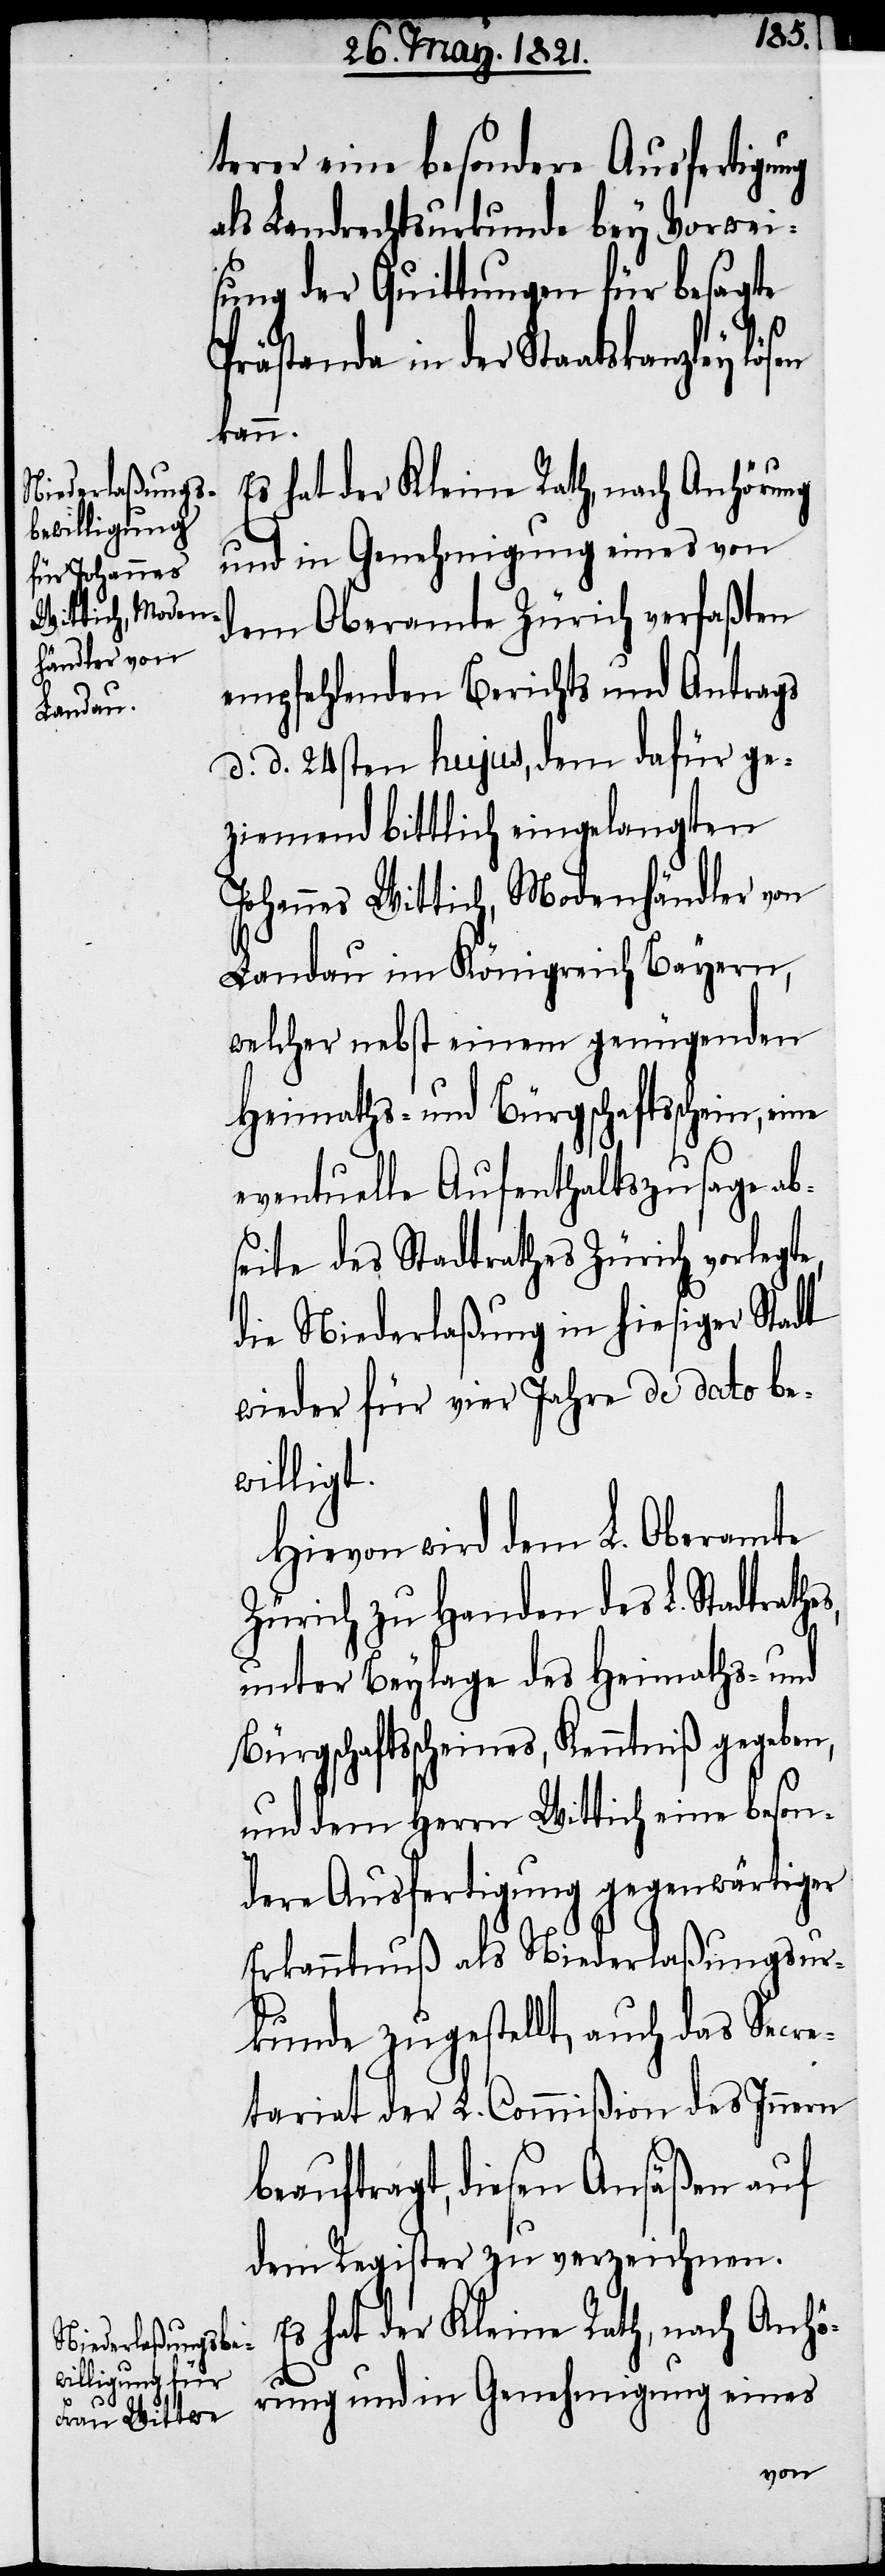
s,

terer eine besondere Ausfertigung
als Landrechtsurkunde bey Vorwei¬
sung der Quittungen für besagte
Prästanda in der Staatskanzley
rung
dem Oberamte Zürich verfaßten
empfehlenden Berichts und Antrags
d. d. 24sten hujus, dem dafür ge¬
ziemend bittlich eingelangten
Johannes Wittich, Modenhändler von
Landau im Königreich Bayern,
welcher nebst einem genügenden
Heimaths- und Bürgschaftsschein, eine
eventuelle Aufenthaltszusage ab¬
seite des Stadtrathes Zürich vorlegte,
die Niederlaßung in hiesiger Stadt
wieder für vier Jahre de dato be¬
willigt.
Hievon wird dem L. Oberamte
Zürich zu Handen des L. Stadtrathe¬
unter Beylage des Heimaths- und
Bürgschaftsscheins, Kenntniß gegeben,
und dem Herrn Wittich eine beson¬
dere Ausfertigung gegenwärtiger
Erkanntnuß als Niederlaßungsur¬
kunde zugestellt, auch das Secre¬
tariat der L. Commißion des Innern
beauftragt, diesen Ansäßen auf
dem Register zu verzeichnen.
Es hat der Kleine Rath, nach Anhö¬
rung und in Genehmigung eines
von